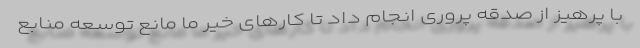
با پرهیز از صدقه پروری انجام داد تا کارهای خیر ما مانع توسعه منابع